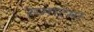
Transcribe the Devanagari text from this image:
समात्मा